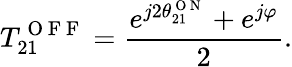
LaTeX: T_{21}^{\mathrm{~O~F~F~}}=\frac{e^{j2\theta_{21}^{\mathrm{~O~N~}}}+e^{j\varphi}}{2}.